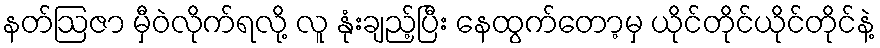
နတ်ဩဇာ မှီဝဲလိုက်ရလို့ လူ နုံးချည့်ပြီး နေထွက်တော့မှ ယိုင်တိုင်ယိုင်တိုင်နဲ့